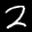
Label: 2